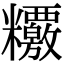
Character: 𥽶